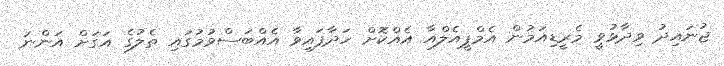
ޖުނައިދު ވިދާޅުވީ މެރީޑިއަމުން އެމްޕީއެލްއާ އެއްކޮށް ހަދާފައިވާ އެއްބަސްވުމުގައި ތެލުގެ އަގަށް އަންނަ